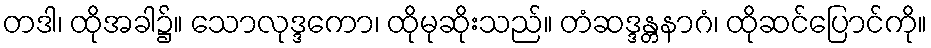
တဒါ၊ ထိုအခါ၌။ သောလုဒ္ဒကော၊ ထိုမုဆိုးသည်။ တံဆဒ္ဒန္တနာဂံ၊ ထိုဆင်ပြောင်ကို။